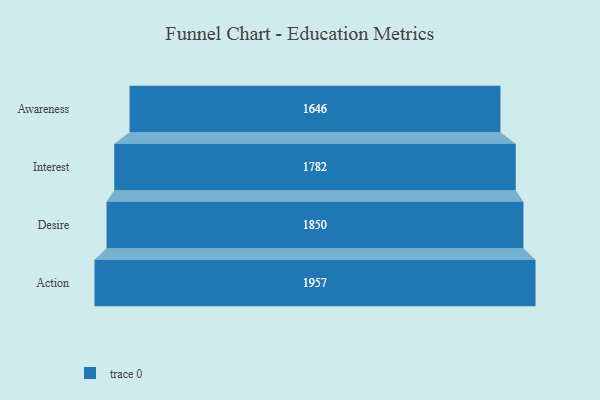
{"axis": {"x": "Stage", "y": "Value"}, "legend": [""], "data": [{"x": "Awareness", "y": 1646.0, "type": ""}, {"x": "Interest", "y": 1782.0, "type": ""}, {"x": "Desire", "y": 1850.0, "type": ""}, {"x": "Action", "y": 1957.0, "type": ""}]}